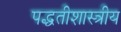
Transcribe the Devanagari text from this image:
पद्धतीशास्त्रीय